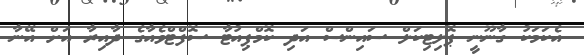
އެކަމަކު ގާނޫނީ ޕޮލިޓިކަލް ސައިންސް އަދި ކޮމްޕިއުޓާ ސޮފްޓްވެއާގެ ދާއިރާ އަށް އޭނާ